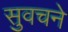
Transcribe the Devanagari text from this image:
सुवचने